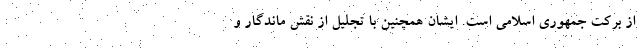
از برکت جمهوری اسلامی است. ایشان همچنین با تجلیل از نقش ماندگار و